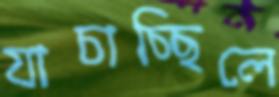
যাচাচ্ছিলে